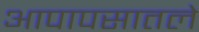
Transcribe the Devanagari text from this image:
आपापसातले